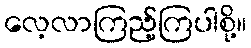
လေ့လာကြည့်ကြပါစို့။